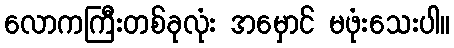
လောကကြီးတစ်ခုလုံး အမှောင် မဖုံးသေးပါ။